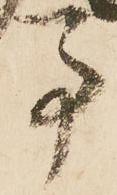
事